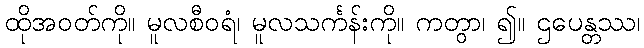
ထိုအဝတ်ကို။ မူလစီဝရံ၊ မူလသင်္ကန်းကို။ ကတွာ၊ ၍။ ဌပေန္တဿ၊